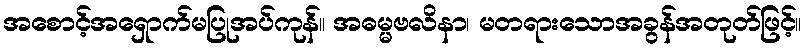
အစောင့်အရှောက်မပြုအပ်ကုန်။ အဓမ္မဗလိနာ၊ မတရားသောအခွန်အတုတ်ဖြင့်။